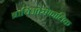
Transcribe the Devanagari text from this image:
ब्राचिओसेफालिक